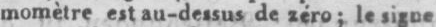
momètre est au-dessus de zéro le signe